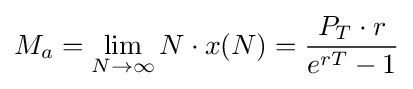
M_{a}=\lim _{N\to \infty }N\cdot x(N)={\frac {P_{T}\cdot r}{e^{rT}-1}}